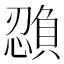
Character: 𫻉